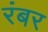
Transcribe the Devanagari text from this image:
रंबर